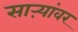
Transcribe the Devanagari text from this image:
साऱ्यांवर